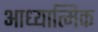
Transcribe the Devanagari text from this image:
आध्‍यात्मिक